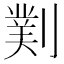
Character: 𫦖